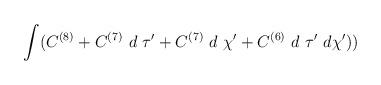
LaTeX: \begin{align*}\int (C^{(8)} + C^{(7)}~d~\tau' + C^{(7)}~d~\chi' + C^{(6)}~d~\tau'~d \chi'))\end{align*}